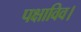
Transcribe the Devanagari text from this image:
पक्षाविव।